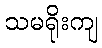
သမရိုးကျ